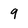
Character: q